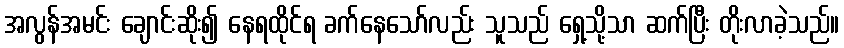
အလွန်အမင်း ချောင်းဆိုး၍ နေရထိုင်ရ ခက်နေသော်လည်း သူသည် ရှေ့သို့သာ ဆက်ပြီး တိုးလာခဲ့သည်။